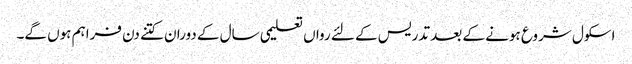
اسکول شروع ہونے کے بعد تدریس کے لئے رواں تعلیمی سال کے دوران کتنے دن فراہم ہوں گے۔